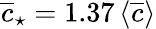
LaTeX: \overline{{c}}_{\star}=1.37\, \langle\overline{{c}}\rangle